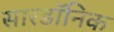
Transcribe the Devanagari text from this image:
सारडॉनिक